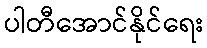
ပါတီအောင်နိုင်ရေး